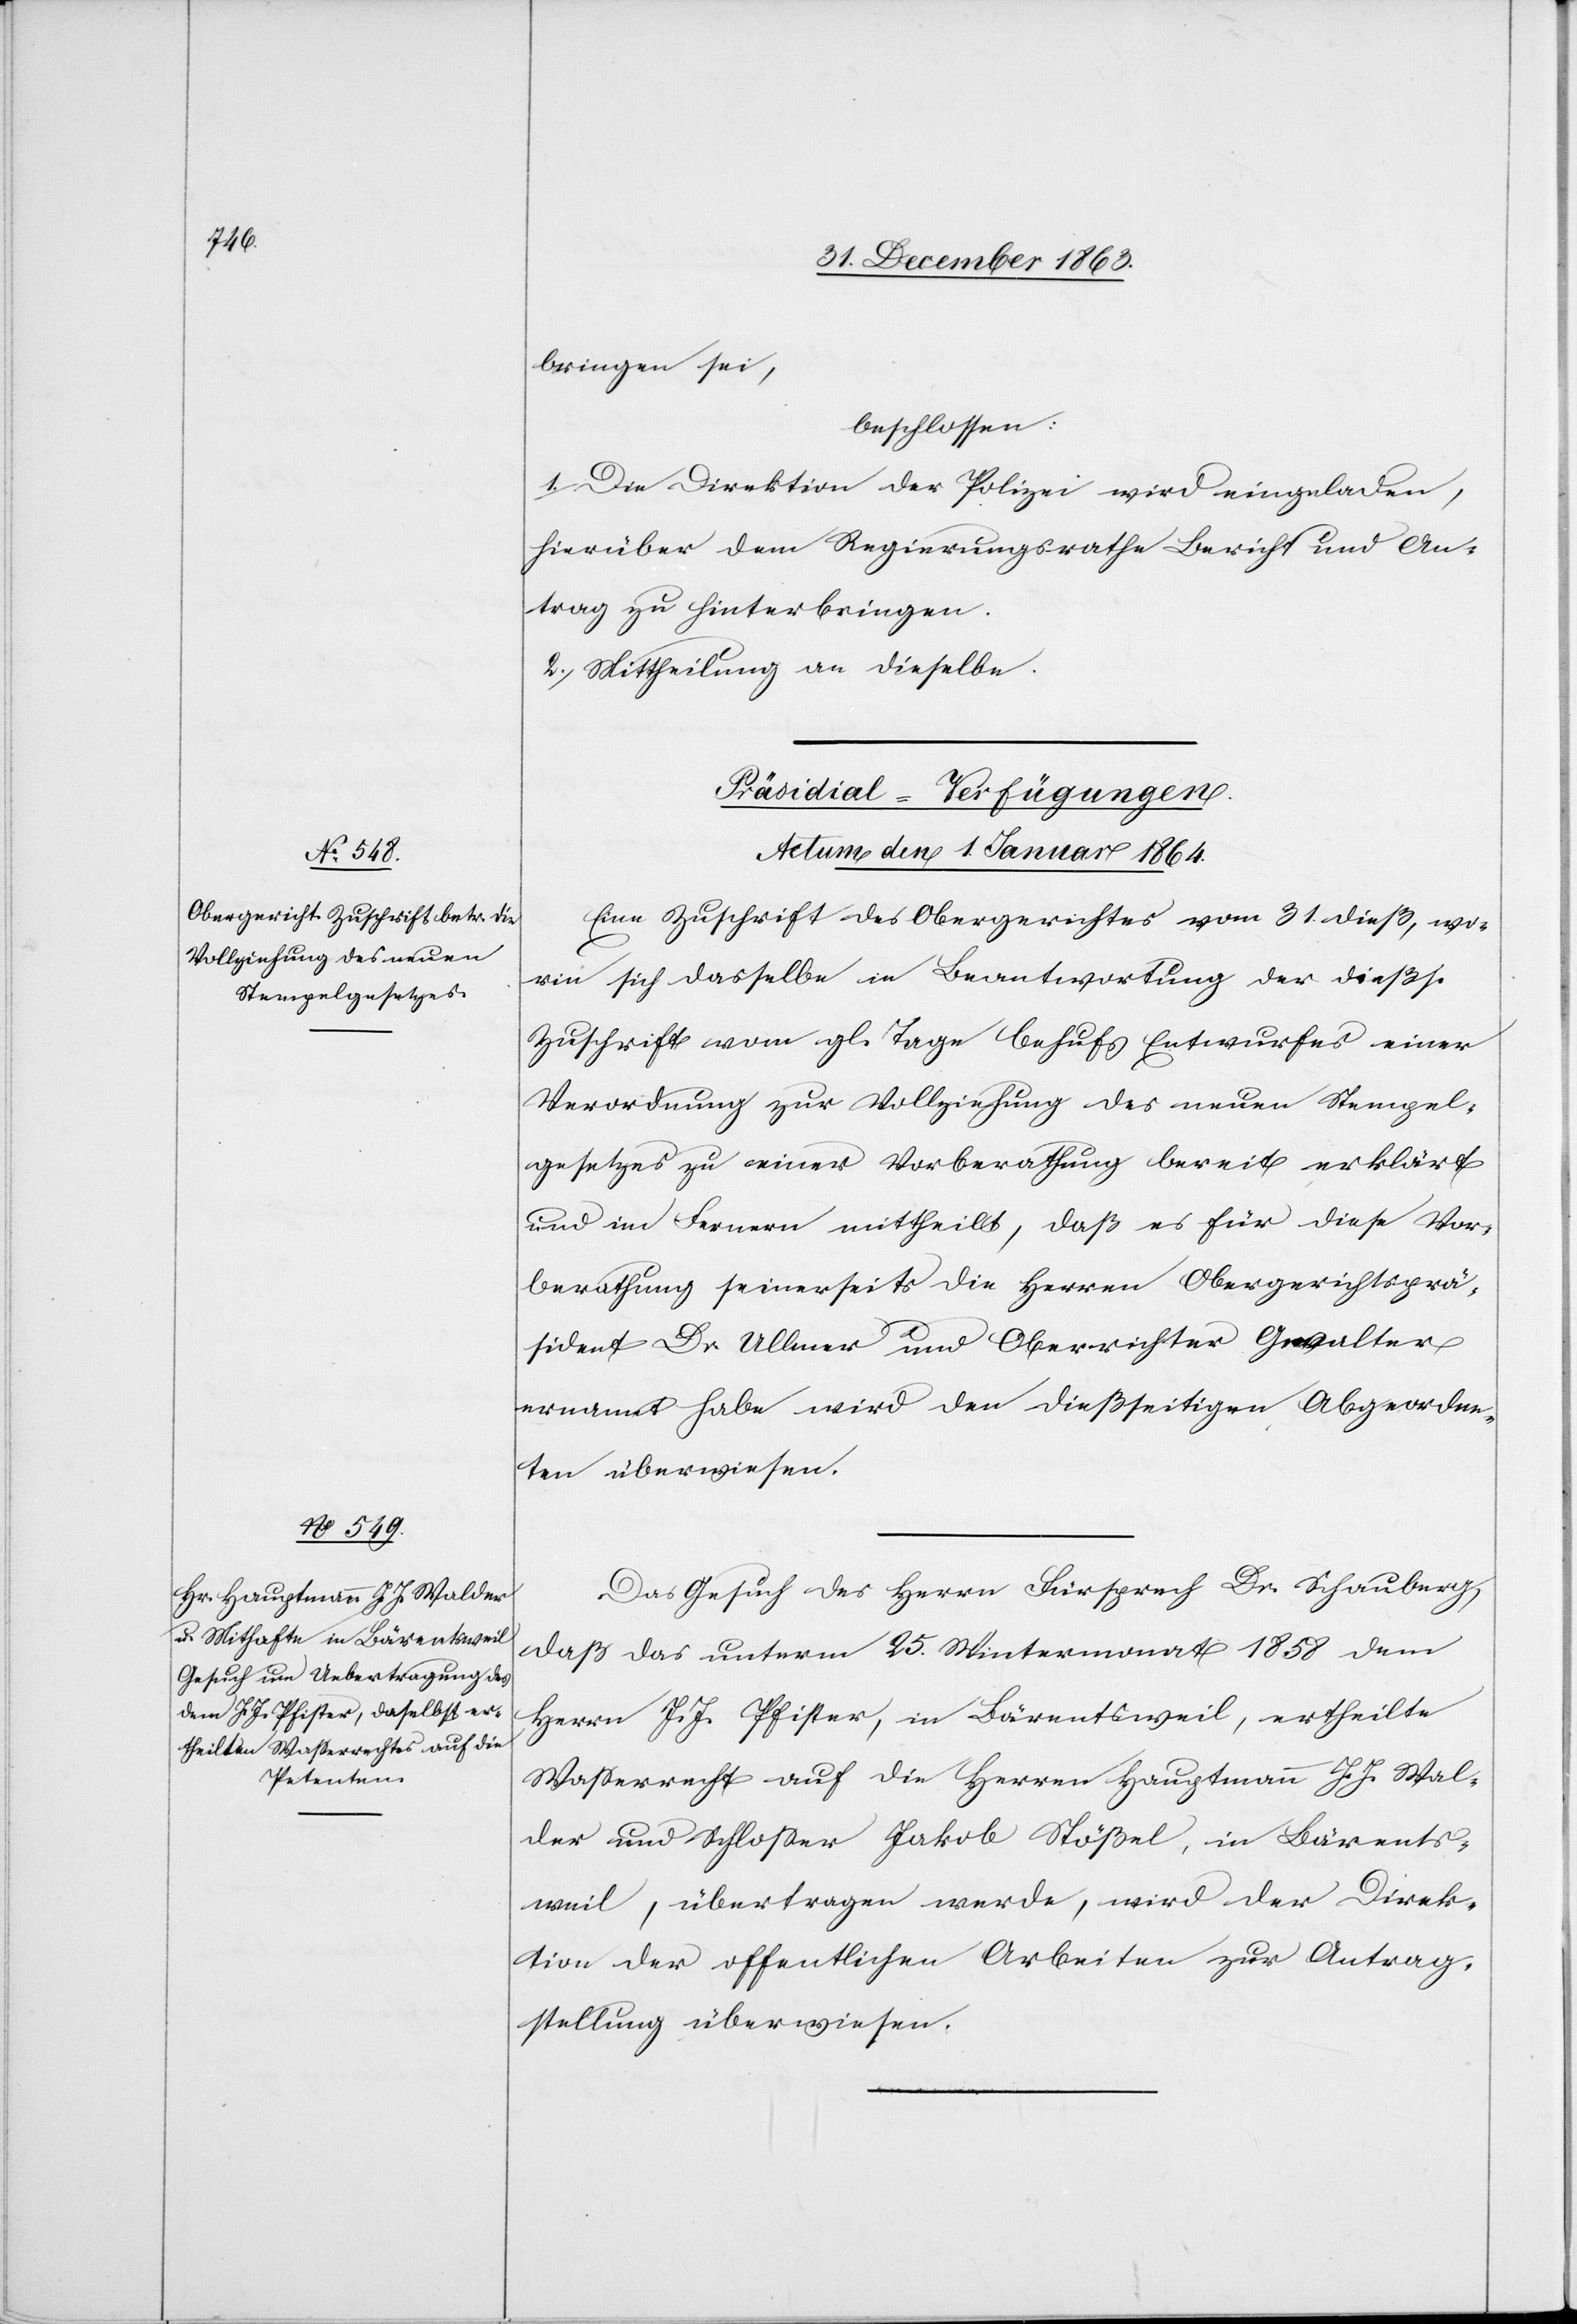
bringen sei,
beschlossen:
1. Die Direktion der Polizei wird eingeladen,
hierüber dem Regierungsrathe Bericht und An¬
trag zu hinterbringen.
2. Mittheilung an dieselbe.
[Präsidial-Verfügungen.
Actum den 1. Januar 1864.]
Eine Zuschrift des Obergerichtes vom 31. dieß, wor¬
in sich dasselbe in Beantwortung der dießs.
Zuschrift vom gl. Tage behufs Entwurfes einer
Verordnung zur Vollziehung des neuen Stempel¬
gesetzes zu einer Vorberathung bereit erklärt
und im Fernern mittheilt, daß es für diese Vor¬
berathung seinerseits die Herren Obergerichtsprä¬
sident Dr. Ullmer und Oberrichter Gwalter
ernannt habe wird den dießseitigen Abgeordne¬
ten überwiesen.
Das Gesuch des Herrn Fürsprech Dr. Schauberg,
daß das unterm 25. Wintermonat 1858 dem
Herrn J. J. Pfister, in Bärentsweil, ertheilte
Wasserrecht auf die Herren Hauptmann J. J. Wal¬
der und Schlosser Jakob Stößel, in Bärents¬
weil, übertragen werde, wird der Direk¬
tion der offentlichen [sic!] Arbeiten zur Antrag¬
stellung überwiesen.